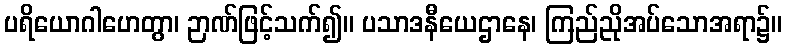
ပရိယောဂါဟေတွာ၊ ဉာဏ်ဖြင့်သက်၍။ ပသာဒနီယေဌာနေ၊ ကြည်ညိုအပ်သောအရာ၌။